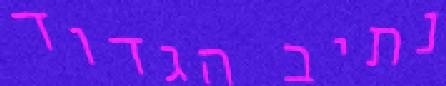
נתיב הגדוד